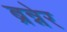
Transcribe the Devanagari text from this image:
ब्रन्नेर